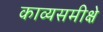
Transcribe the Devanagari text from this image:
काव्यसमीक्षे